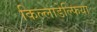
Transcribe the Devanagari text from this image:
किल्लाडेल्फिया